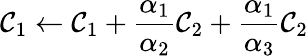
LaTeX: \mathcal{C}_{1}\leftarrow\mathcal{C}_{1}+\frac{{\alpha_{1}}}{{\alpha_{2}}}\mathcal{C}_{2}+\frac{{\alpha_{1}}}{{\alpha_{3}}}\mathcal{C}_{2}